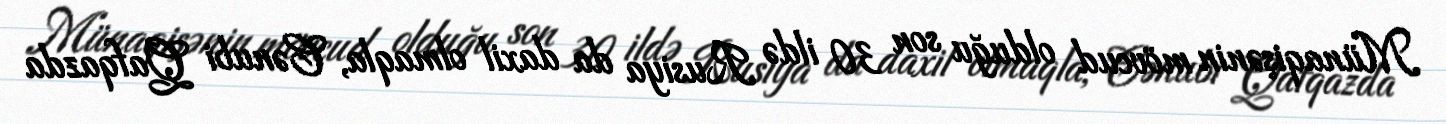
Münaqişənin mövcud olduğu son 30 ildə Rusiya da daxil olmaqla, Cənubi Qafqazda